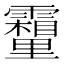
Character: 𮡣